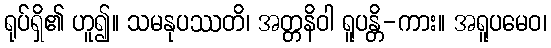
ရုပ်ရှိ၏ ဟူ၍။ သမနုပဿတိ၊ အတ္တနိဝါ ရူပန္တိ-ကား။ အရူပမေဝ၊